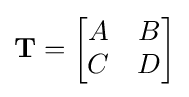
\mathbf {T} ={\begin{bmatrix}A&B\\C&D\end{bmatrix}}